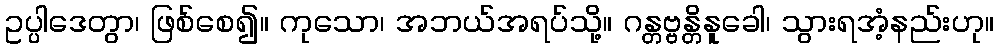
ဥပ္ပါဒေတွာ၊ ဖြစ်စေ၍။ ကုသော၊ အဘယ်အရပ်သို့။ ဂန္တဗ္ဗန္တိနူခေါ၊ သွားရအံ့နည်းဟု။